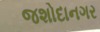
જશોદાનગર